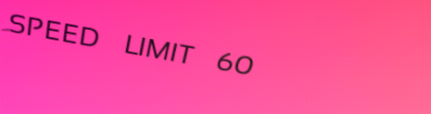
SPEED LIMIT 60